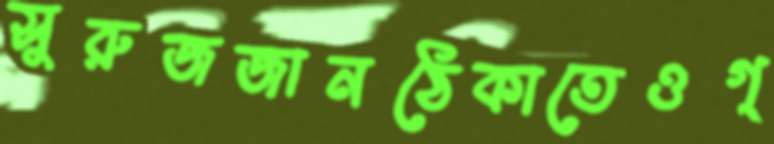
সুরুজজানঠেকাতেওগ্